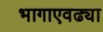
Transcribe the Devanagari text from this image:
भागाएवढ्या